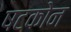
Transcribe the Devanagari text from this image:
षटकोन